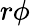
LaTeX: r\phi